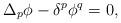
LaTeX: \begin{align*} \Delta_p \phi - \delta^p \phi^q = 0,\end{align*}